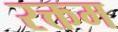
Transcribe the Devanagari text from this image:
रक्तम